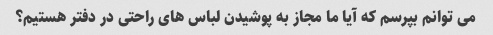
می توانم بپرسم که آیا ما مجاز به پوشیدن لباس های راحتی در دفتر هستیم؟